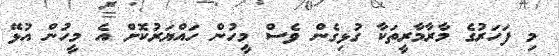
މި ފަހަރުގެ މާރާމާރީތަކާ ގުޅިގެން ވެސް މީހުން ހައްޔަރުކޮށް އެ މީހުން އުޅޭ